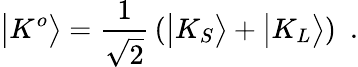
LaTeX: \big|K^{o}\big>={\frac{1}{\sqrt{2}}}\left(\big|K_{S}\big>+\big|K_{L}\big>\right)~~.